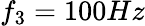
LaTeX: f_{3}=100Hz